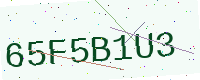
Text: 65F5B1U3